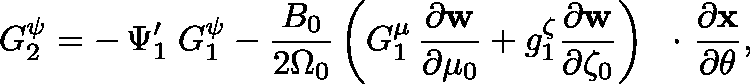
G _ { 2 } ^ { \psi } = - \, \Psi _ { 1 } ^ { \prime } \; G _ { 1 } ^ { \psi } - \frac { B _ { 0 } } { 2 \Omega _ { 0 } } \left( G _ { 1 } ^ { \mu } \, \frac { \partial \bf w } { \partial \mu _ { 0 } } + g _ { 1 } ^ { \zeta } \frac { \partial \bf w } { \partial \zeta _ { 0 } } \right) \mathrm { ~ \boldmath ~ \cdot ~ } \frac { \partial \bf x } { \partial \theta } ,